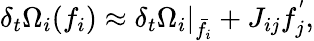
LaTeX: \delta_{t}\Omega_{i}(f_{i})\approx\delta_{t}\Omega_{i}\rvert_{\bar{f}_{i}}+J_{ij}f_{j}^{'},